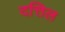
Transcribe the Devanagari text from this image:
दत्तिल